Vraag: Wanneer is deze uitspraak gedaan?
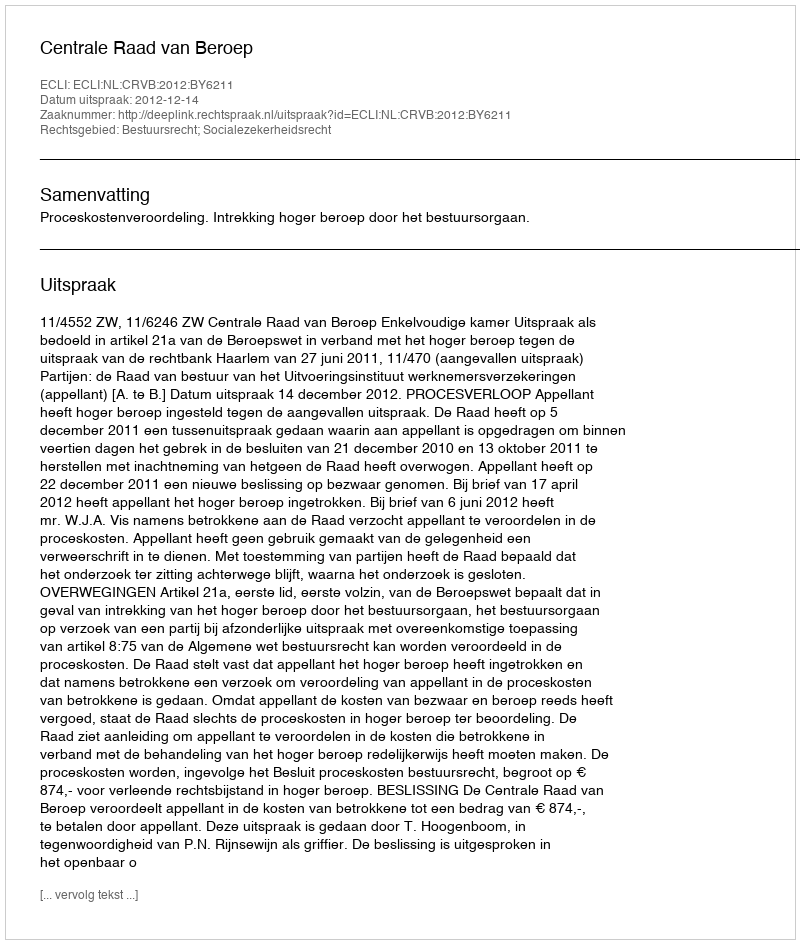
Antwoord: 2012-12-14